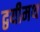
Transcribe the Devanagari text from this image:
द्वयीमथ